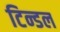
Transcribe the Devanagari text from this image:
टिन्डल